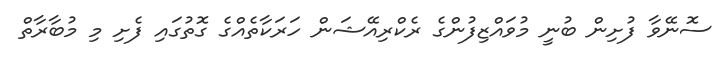
ސޮނޭވާ ފުށިން ބުނީ މުވައްޒިފުންގެ ރެކްރިއޭޝަން ހަރަކާތެއްގެ ގޮތުގައި ފެށި މި މުބާރާތް